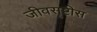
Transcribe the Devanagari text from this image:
जीवसृष्टीस